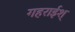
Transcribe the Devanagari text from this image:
गहराईश्